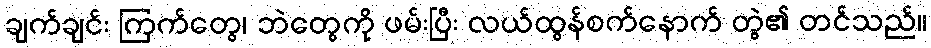
ချက်ချင်း ကြက်တွေ၊ ဘဲတွေကို ဖမ်းပြီး လယ်ထွန်စက်နောက် တွဲ၏ တင်သည်။